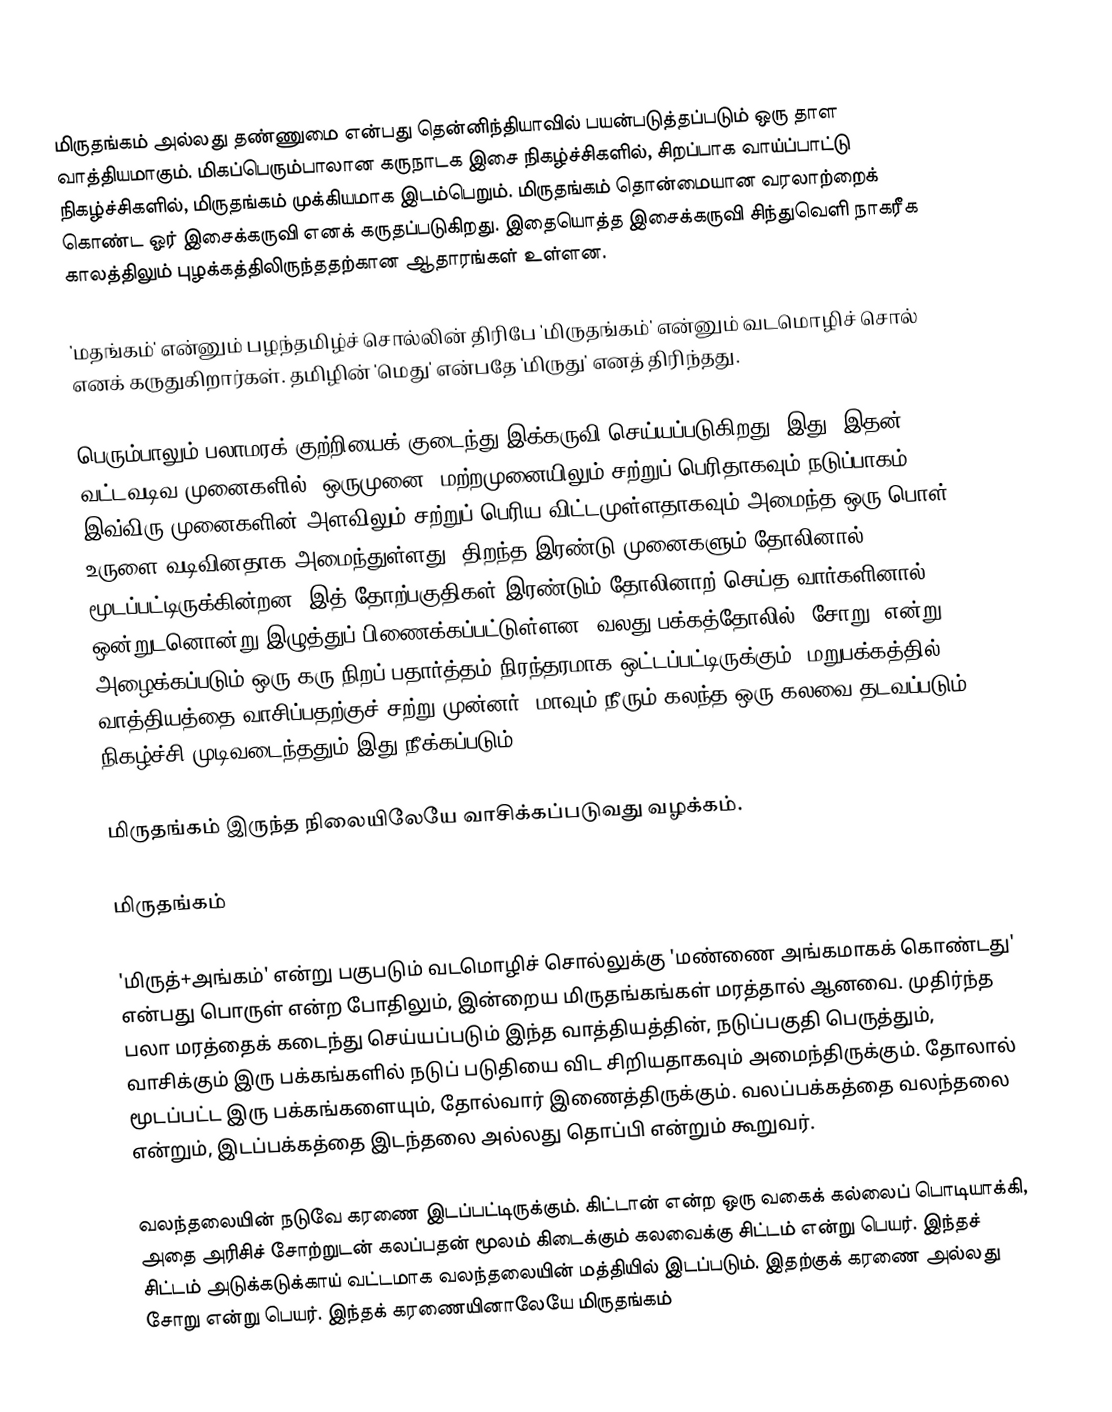
மிருதங்கம் அல்லது தண்ணுமை என்பது தென்னிந்தியாவில் பயன்படுத்தப்படும் ஒரு தாள வாத்தியமாகும். மிகப்பெரும்பாலான கருநாடக இசை நிகழ்ச்சிகளில், சிறப்பாக வாய்ப்பாட்டு நிகழ்ச்சிகளில், மிருதங்கம் முக்கியமாக இடம்பெறும். மிருதங்கம் தொன்மையான வரலாற்றைக் கொண்ட ஓர் இசைக்கருவி எனக் கருதப்படுகிறது. இதையொத்த இசைக்கருவி சிந்துவெளி நாகரீக காலத்திலும் புழக்கத்திலிருந்ததற்கான ஆதாரங்கள் உள்ளன.

'மதங்கம்' என்னும் பழந்தமிழ்ச் சொல்லின் திரிபே 'மிருதங்கம்' என்னும் வடமொழிச் சொல் எனக் கருதுகிறார்கள். தமிழின் 'மெது' என்பதே 'மிருது' எனத் திரிந்தது.

பெரும்பாலும் பலாமரக் குற்றியைக் குடைந்து இக்கருவி செய்யப்படுகிறது. இது, இதன் வட்டவடிவ முனைகளில்,  ஒருமுனை, மற்றமுனையிலும் சற்றுப் பெரிதாகவும் நடுப்பாகம் இவ்விரு முனைகளின் அளவிலும் சற்றுப் பெரிய விட்டமுள்ளதாகவும் அமைந்த ஒரு பொள் உருளை வடிவினதாக அமைந்துள்ளது. திறந்த இரண்டு முனைகளும் தோலினால் மூடப்பட்டிருக்கின்றன. இத் தோற்பகுதிகள் இரண்டும் தோலினாற் செய்த வார்களினால் ஒன்றுடனொன்று இழுத்துப் பிணைக்கப்பட்டுள்ளன. வலது பக்கத்தோலில் "சோறு" என்று அழைக்கப்படும் ஒரு கரு நிறப் பதார்த்தம் நிரந்தரமாக ஒட்டப்பட்டிருக்கும். மறுபக்கத்தில் வாத்தியத்தை வாசிப்பதற்குச் சற்று முன்னர், மாவும் நீரும் கலந்த ஒரு கலவை தடவப்படும். நிகழ்ச்சி முடிவடைந்ததும் இது நீக்கப்படும்.

மிருதங்கம் இருந்த நிலையிலேயே வாசிக்கப்படுவது வழக்கம்.

மிருதங்கம்

'மிருத்+அங்கம்' என்று பகுபடும் வடமொழிச் சொல்லுக்கு 'மண்ணை அங்கமாகக் கொண்டது' என்பது பொருள் என்ற போதிலும், இன்றைய மிருதங்கங்கள் மரத்தால் ஆனவை. முதிர்ந்த பலா மரத்தைக் கடைந்து செய்யப்படும் இந்த வாத்தியத்தின், நடுப்பகுதி பெருத்தும், வாசிக்கும் இரு பக்கங்களில் நடுப் படுதியை விட சிறியதாகவும் அமைந்திருக்கும். தோலால் மூடப்பட்ட இரு பக்கங்களையும், தோல்வார் இணைத்திருக்கும். வலப்பக்கத்தை வலந்தலை என்றும், இடப்பக்கத்தை இடந்தலை அல்லது தொப்பி என்றும் கூறுவர்.

வலந்தலையின் நடுவே கரணை இடப்பட்டிருக்கும். கிட்டான் என்ற ஒரு வகைக் கல்லைப் பொடியாக்கி, அதை அரிசிச் சோற்றுடன் கலப்பதன் மூலம் கிடைக்கும் கலவைக்கு சிட்டம் என்று பெயர். இந்தச் சிட்டம் அடுக்கடுக்காய் வட்டமாக வலந்தலையின் மத்தியில் இடப்படும். இதற்குக் கரணை அல்லது சோறு என்று பெயர். இந்தக் கரணையினாலேயே மிருதங்கம்